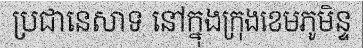
ប្រជានេសាទ នៅក្នុងក្រុងខេមភូមិន្ទ